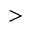
>